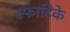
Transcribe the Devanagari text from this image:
स्फाटिके